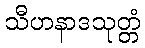
သီဟနာဒသုတ္တံ